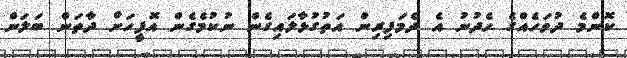
ކޮންމެ ދުވަހެއްގެ ހެދުނު އެ ދެމަފިރިން އަތުގުޅާލައިގެން ނުކުމެގެން އޮފީހަށް ދާތަން ބަލަން